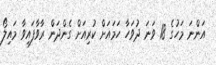
އަންނަ މަހުގެ 18 ވަނަ ދުވަހާ ހަމައަށް ކުރިއަށް ގެންދަން ރާވާފައިވާ މައިލޯ